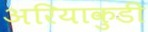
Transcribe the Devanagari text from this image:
अरियाकुडी